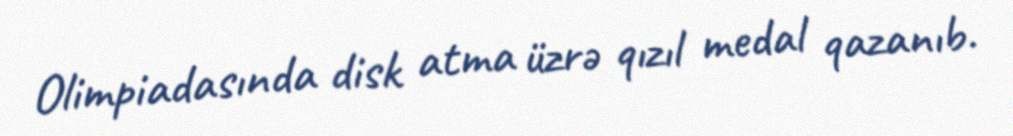
Olimpiadasında disk atma üzrə qızıl medal qazanıb.